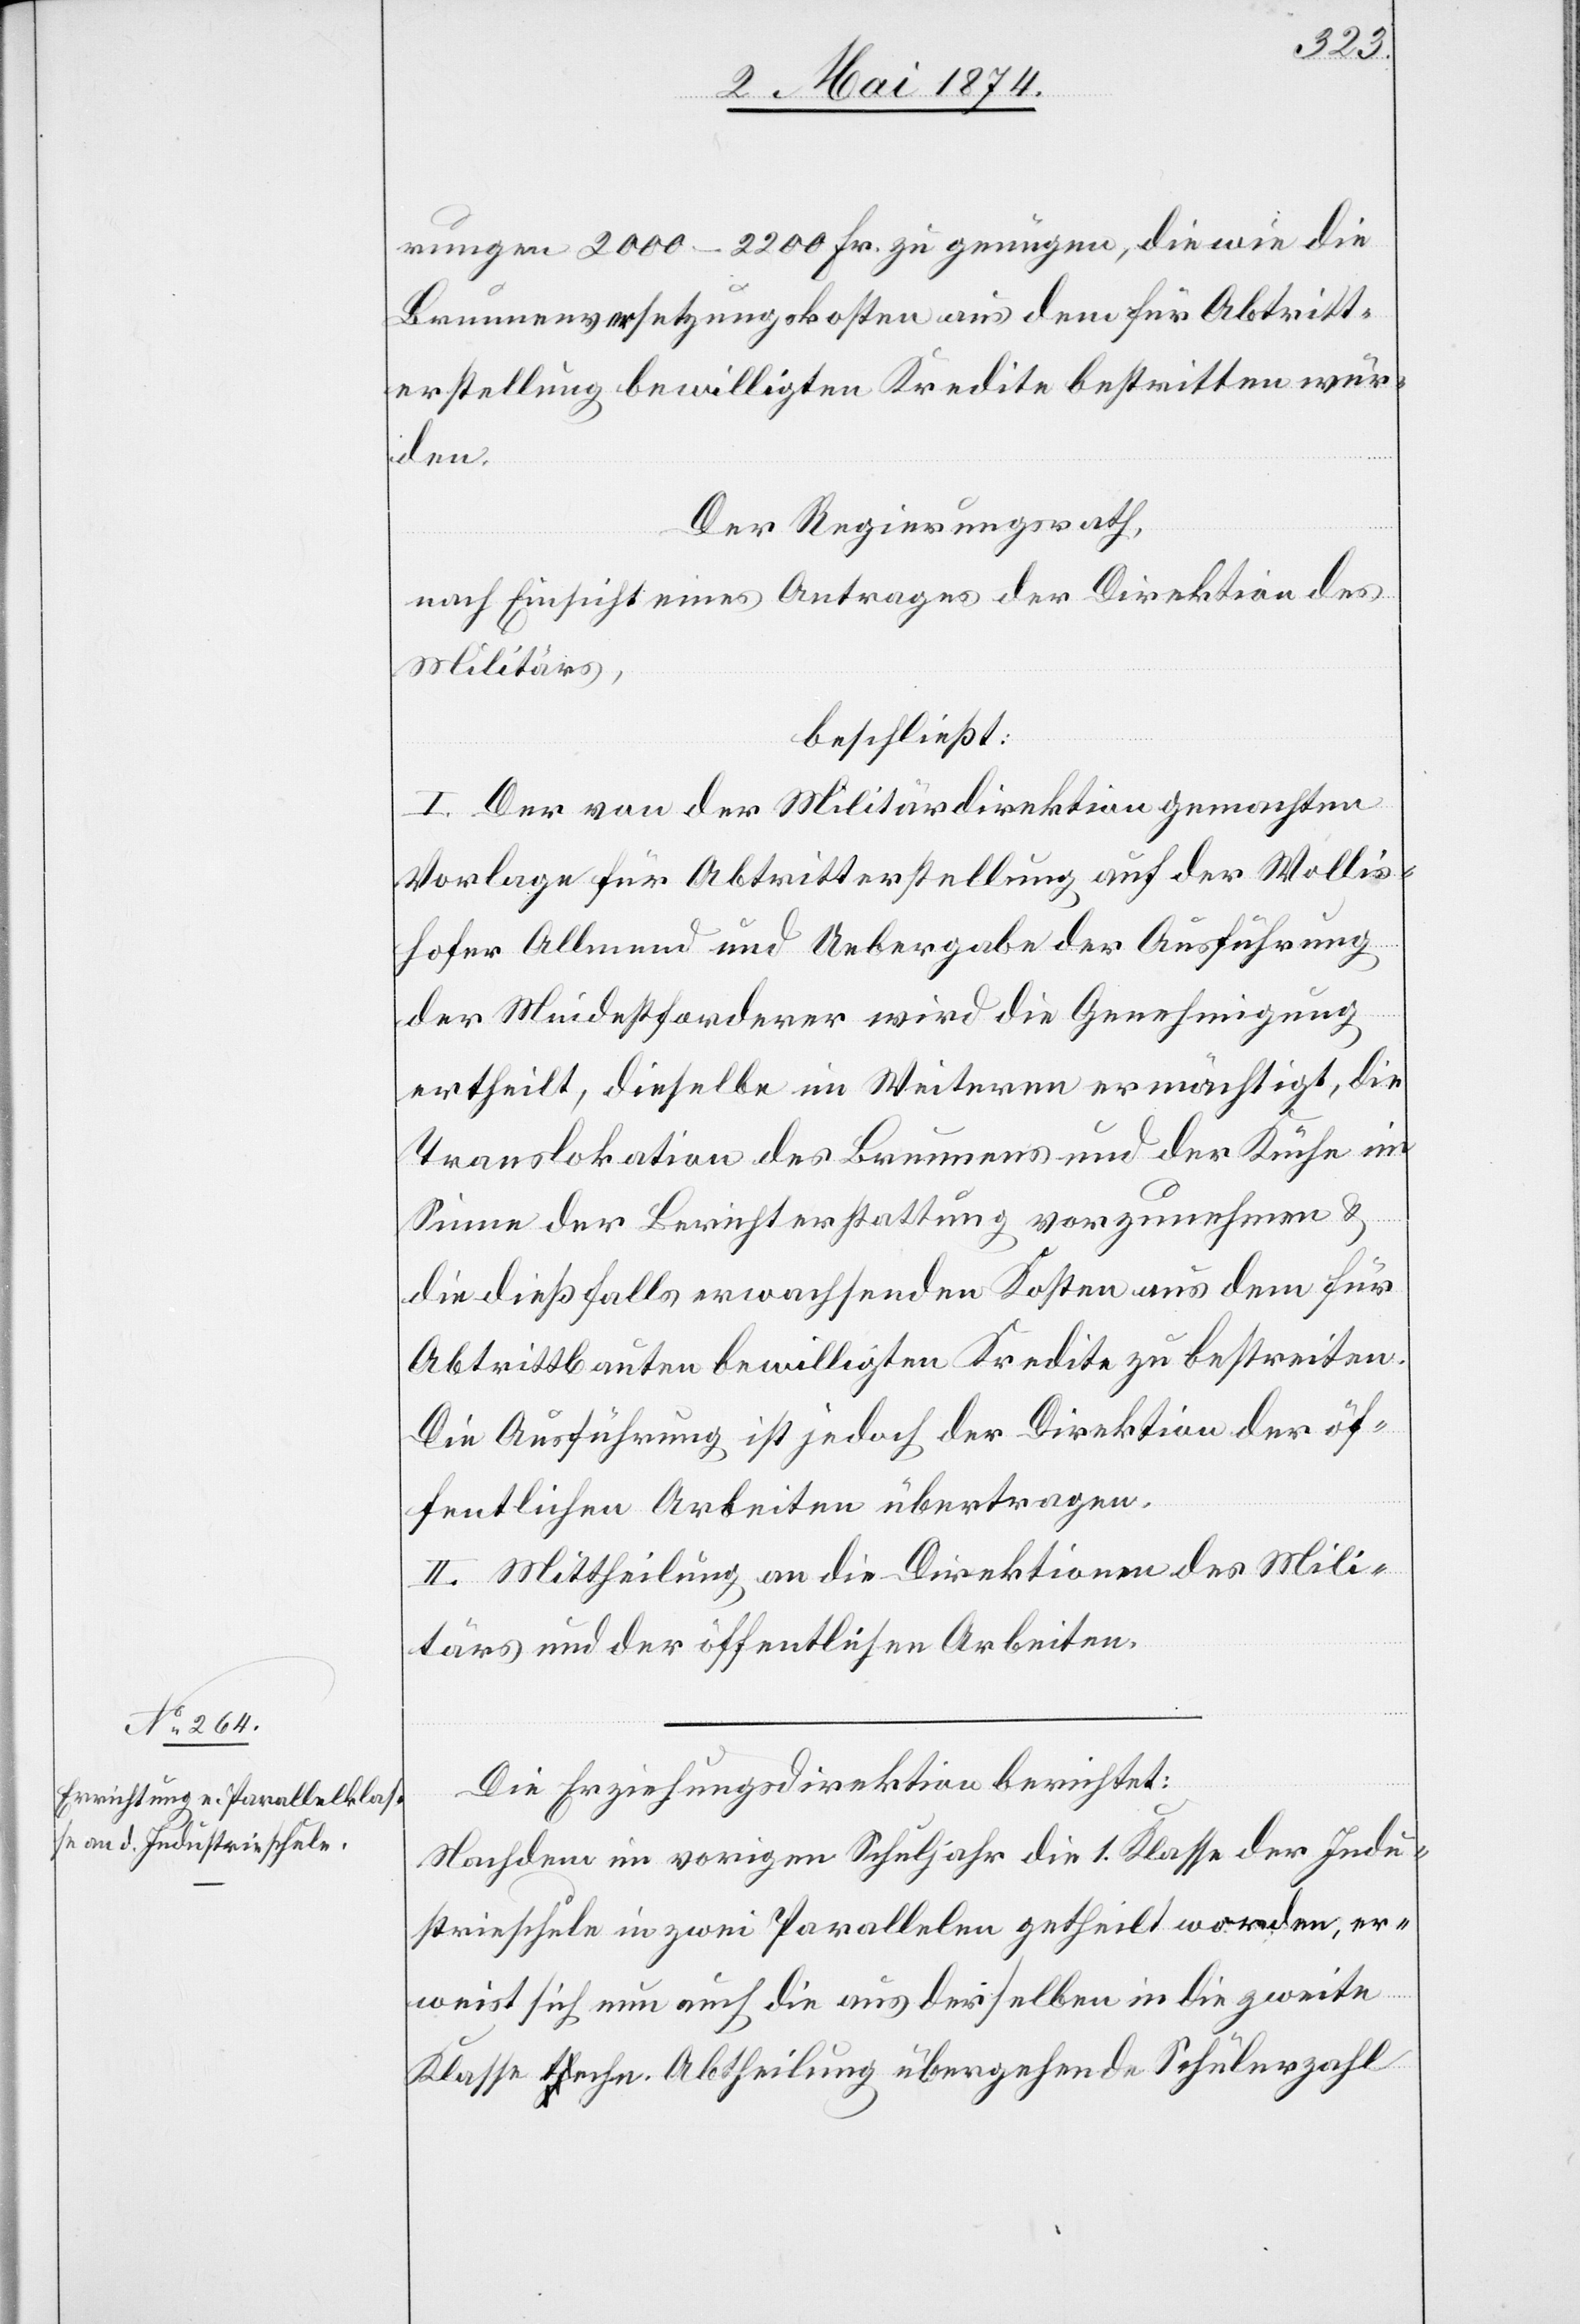
rungen 2000–2200 Fr. zu genügen, die wie die
Brunnenversetzungskosten aus dem für Abtritt¬
erstellung bewilligten Kredite bestritten wür¬
den
Der Regierungsrath,
nach Einsicht eines Antrages der Direktion des
Militärs,
beschließt:
I. Der von der Militärdirektion gemachten
Vorlage für Abtritterstellung auf der Wollis¬
hofer Allmend und Uebergabe der Ausführung
der Mindestforderer wird die Genehmigung
ertheilt, dieselbe im Weiteren ermächtigt, die
Translokation des Brunnens und der Küche im
Sinne der Berichterstattung vorzunehmen u.
die dießfalls erwachsenden Kosten aus dem für
Abtrittbauten bewilligten Kredite zu bestreiten.
Die Ausführung ist jedoch der Direktionen der öf¬
fentlichen Arbeiten übertragen.
II. Mittheilung an die Direktion des Mili¬
tärs und der öffentlichen Arbeiten.
Die Erziehungsdirektion berichtet:
Nachdem im vorigen Schuljahr die 1. Klasse der Indu¬
strieschule in zwei Parallelen getheilt worden, er¬
weist sich nun auch die aus derselben in die zweite
Klasse techn. Abtheilung übergehende Schülerzahl